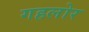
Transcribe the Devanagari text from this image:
गहलोर